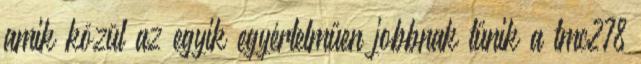
amik közül az egyik egyértelműen jobbnak tűnik a tmc278